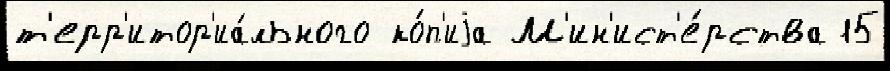
т'ерр'итор'иа́льного ко́п'иjа М'ин'ист'е́рства 15